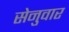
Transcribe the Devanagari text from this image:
सेनुवार